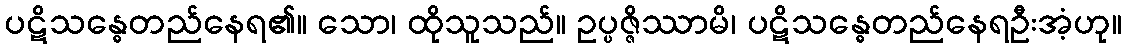
ပဋိသန္ဓေတည်နေရ၏။ သော၊ ထိုသူသည်။ ဥပ္ပဇ္ဇိဿာမိ၊ ပဋိသန္ဓေတည်နေရဦးအံ့ဟု။